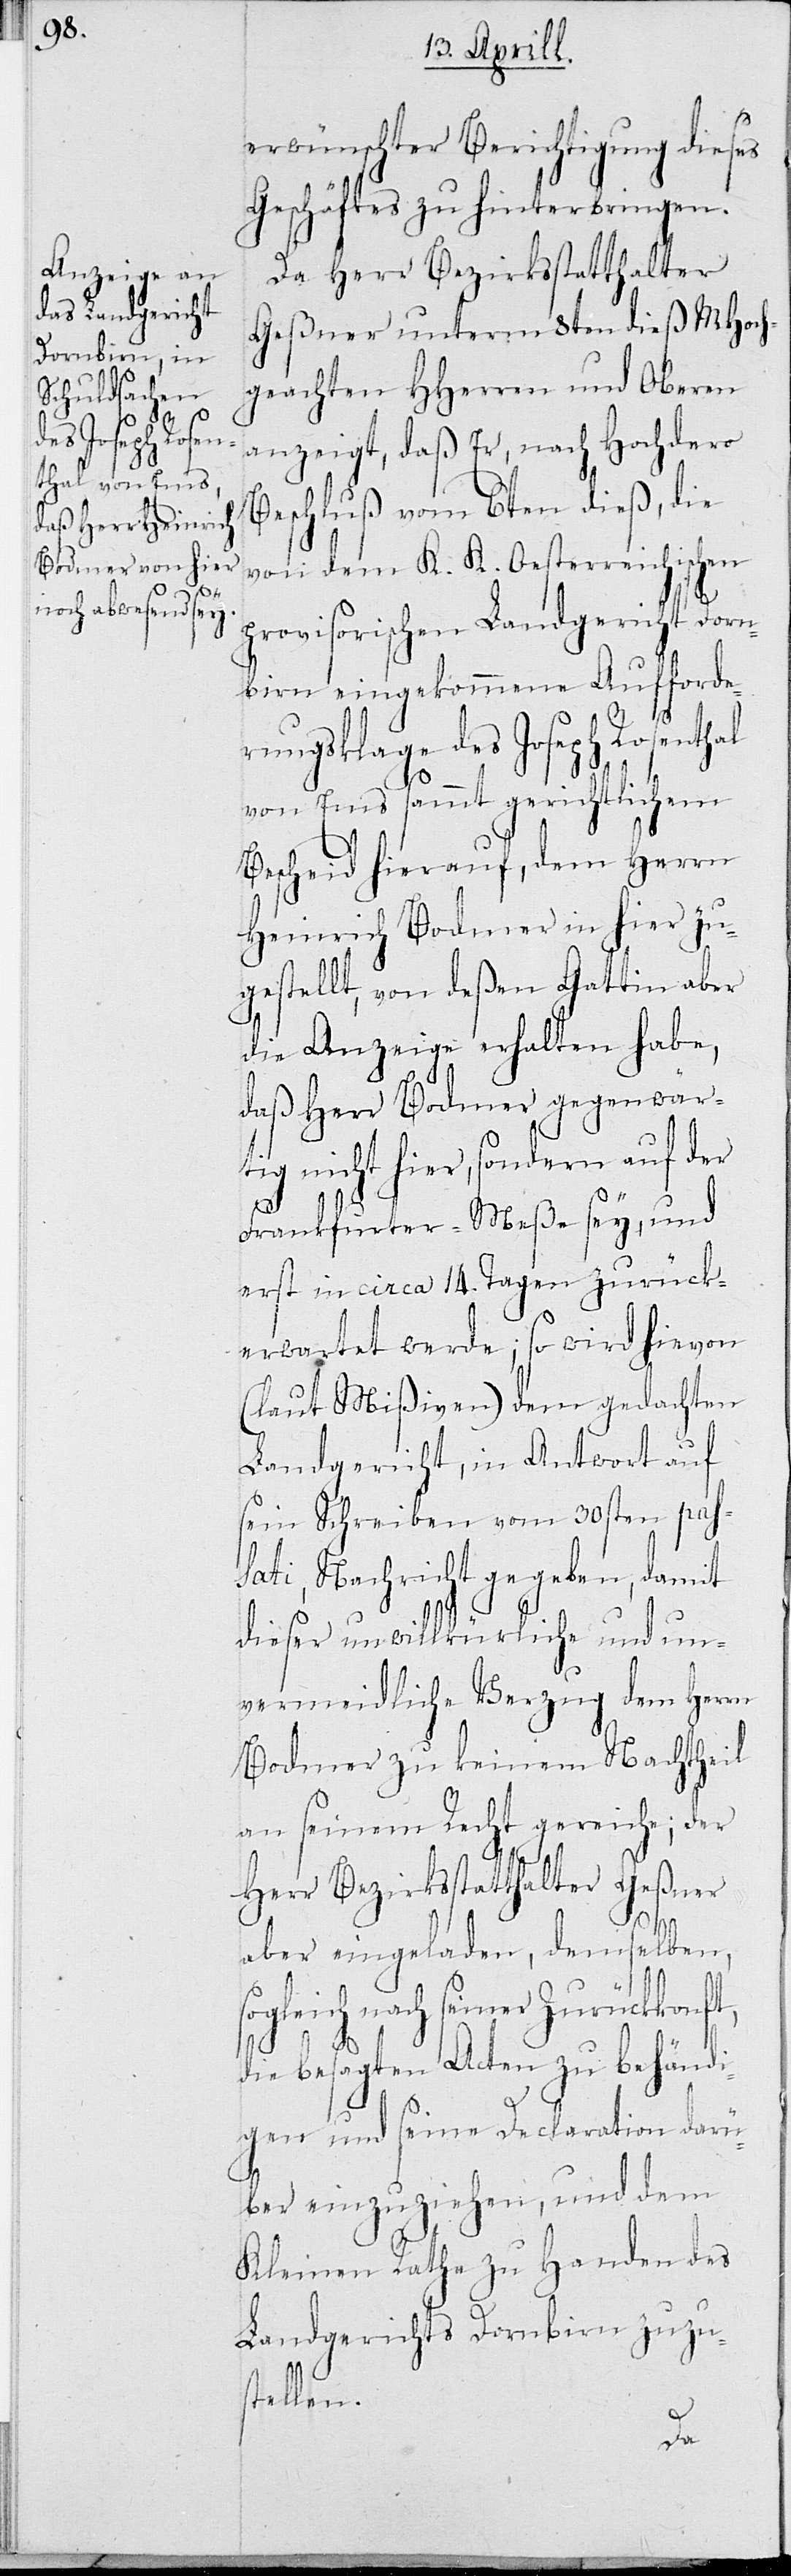
erwünschter Berichtigung dieses
Geschäfts zu hinterbringen.
Da Herr Bezirksstatthalter
Geßner unterm 8ten dieß MHoch¬
geachten HHerren und Oberen
anzeigt, daß er, nach Hochdero
Beschluß vom 6ten dieß, die
von dem K. K. Oesterreichischen
provisorischen Landgericht Dorn¬
birn eingekommene Aufforde¬
rungsklage des Joseph Rosenthal
von Ems sammt gerichtlichem
Bescheid hierauf, dem Herrn
Heinrich Bodmer in hier zu¬
gestellt, von deßen Gattin aber
die Anzeige erhalten habe,
daß Herr Bodmer gegenwär¬
tig nicht hier, sondern auf der
sogl¬
Frankfurter-Meße sey, und
erst in circa 14 Tagen zurück¬
erwatete werde; so wird hievon
(laut Mißiven) dem gedachten
Landgericht, in Antwort auf
sein Schreiben, vom 30sten pas¬
sati, Nachricht gegeben, damit
dieser unwillkürliche und un¬
vermeidliche Verzug dem Herrn
Bodmer zu keinem Nachtheil
an seinem Recht gereiche; der
Herr Bezirksstatthalter Geßner
aber eingeladen, demselben,
eich nach seiner Zurückkon¬
ft,
die besagten Acten zu behändi¬
gen und seine Declaration darü¬
ber einzuziehen, und dem
Kleinen Rathe zu Handen des
Landgerichts Dornbirn zuzus¬
tellen.